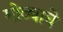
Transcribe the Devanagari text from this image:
मोठ्याचे